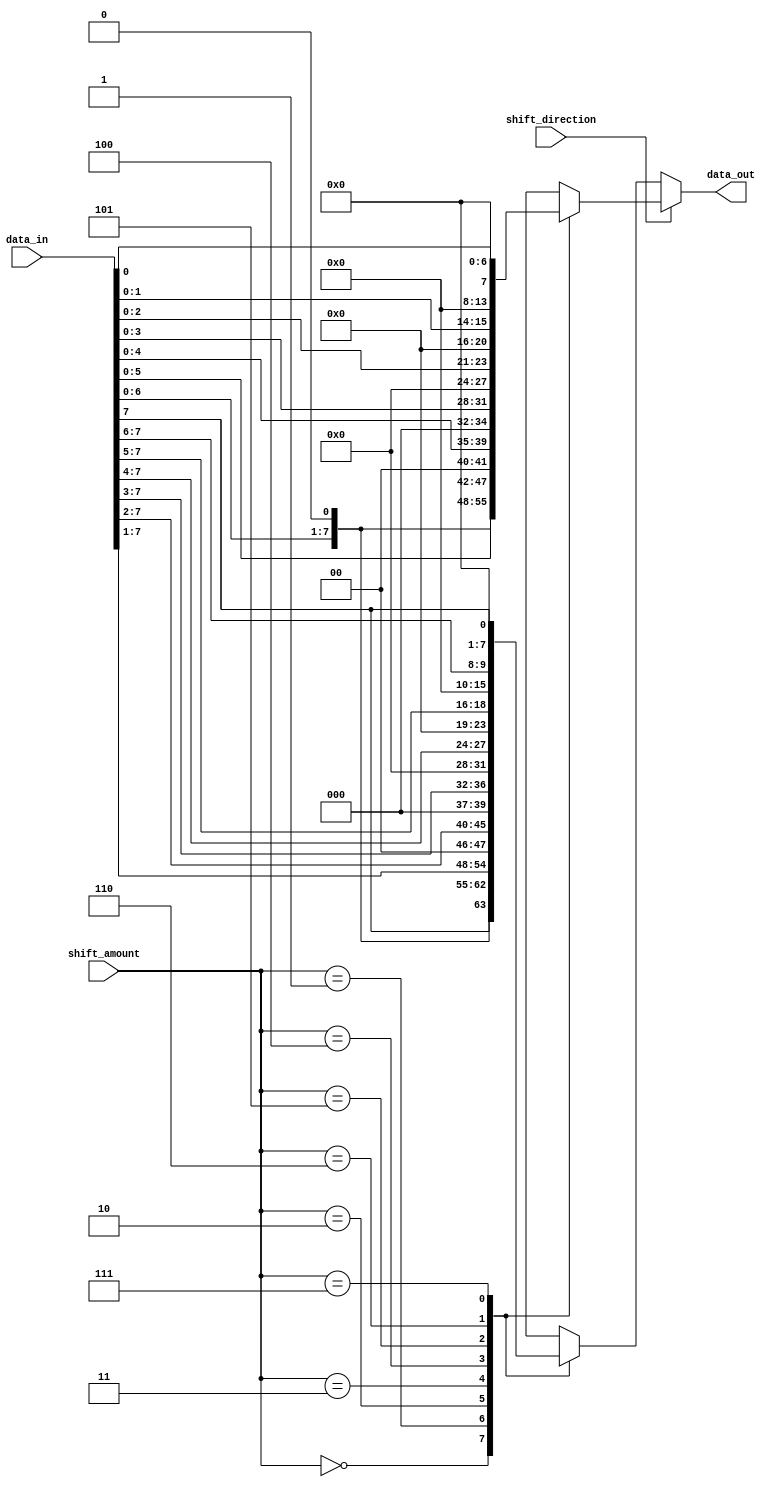
module Barrel_Shifter(
    input wire [7:0] data_in,
    input wire [2:0] shift_amount,
    input wire shift_direction, // 0 for right shift, 1 for left shift
    output reg [7:0] data_out
);

always @(*) begin
    if (shift_direction == 1'b0) begin // Right shift
        case (shift_amount)
            3'b000: data_out = data_in;
            3'b001: data_out = data_in >> 1;
            3'b010: data_out = data_in >> 2;
            3'b011: data_out = data_in >> 3;
            3'b100: data_out = data_in >> 4;
            3'b101: data_out = data_in >> 5;
            3'b110: data_out = data_in >> 6;
            3'b111: data_out = data_in >> 7;
        endcase
    end
    else begin // Left shift
        case (shift_amount)
            3'b000: data_out = data_in;
            3'b001: data_out = data_in << 1;
            3'b010: data_out = data_in << 2;
            3'b011: data_out = data_in << 3;
            3'b100: data_out = data_in << 4;
            3'b101: data_out = data_in << 5;
            3'b110: data_out = data_in << 6;
            3'b111: data_out = data_in << 7;
        endcase
    end
end

endmodule